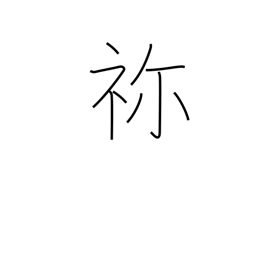
Meaning: ancestral shrine